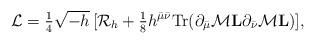
LaTeX: \begin{align*}{\cal L} = {\textstyle {1\over 4}}\sqrt{-h}\,[{\cal R}_h +{\textstyle {1\over 8}}h^{\bar{\mu}\bar{\nu}}{\rm Tr}(\partial_{\bar{\mu}}{\cal M}{\bf L}\partial_{\bar{\nu}}{\cal M}{\bf L})],\end{align*}